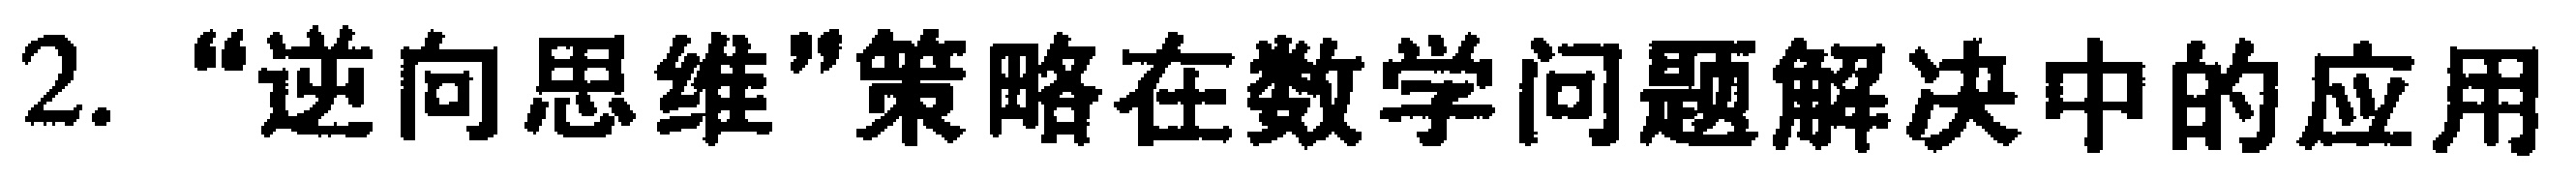
2. “逆向思维”策略在数学问题解决中的应用